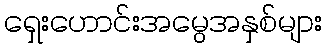
ရှေးဟောင်းအမွေအနှစ်များ